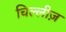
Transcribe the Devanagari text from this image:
चिल्लीज़